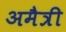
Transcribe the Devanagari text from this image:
अमैत्री